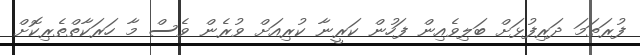
ފުރަތަމަ ދަރިފުޅަށް ބަލިވެއިން ފަހުން ކަރީނާ ކުރިއަށް ވުރެން ވެސް މާ ހަރަކާތްތެރިކޮށް